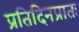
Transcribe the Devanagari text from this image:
प्रतिदिनप्रातः